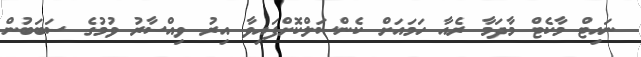
ނައިޓް މާކެޓް މާދަމާ ރެއާ ހަމައަށް ކެންސަލްކޮށްފައިވާ އިރު ވިއްސާރު ވުމުގެ ސަބަބުން